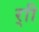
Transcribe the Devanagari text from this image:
र्‍ाी